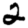
Digit: 2